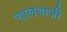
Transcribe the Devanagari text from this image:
चालबाज़ी